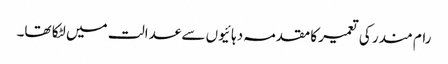
رام مندر کی تعمیر کا مقدمہ دہائیوں سے عدالت میں لٹکا تھا۔